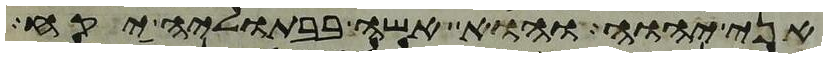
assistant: אני יהוה והוא אשה בבתוליה יקח